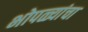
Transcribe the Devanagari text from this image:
भोपळ्यांचा